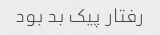
رفتار پیک بد بود